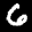
Digit: 6